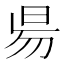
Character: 𣆄